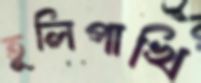
তুলিপাখি